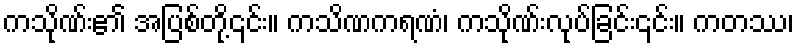
ကသိုဏ်း၏ အပြစ်တို့၎င်း။ ကသိဏကရဏံ၊ ကသိုဏ်းလုပ်ခြင်း၎င်း။ ကတဿ၊